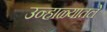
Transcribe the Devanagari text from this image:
उन्हाळ्यातले